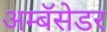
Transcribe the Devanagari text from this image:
अम्बॅसेडर